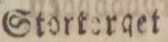
Stortorget.